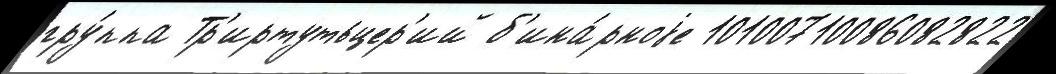
гру́ппа Тр'иртутьцер'ий б'ина́рноjе 10100710086082822